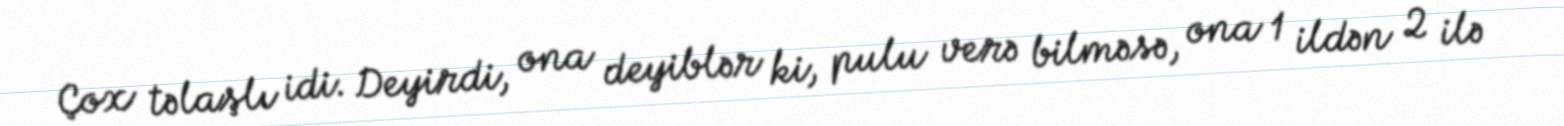
Çox təlaşlı idi. Deyirdi, ona deyiblər ki, pulu verə bilməsə, ona 1 ildən 2 ilə